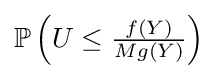
{\textstyle \mathbb {P} \left(U\leq {\frac {f(Y)}{Mg(Y)}}\right)}